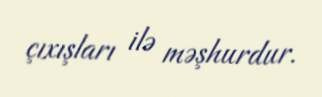
çıxışları ilə məşhurdur.